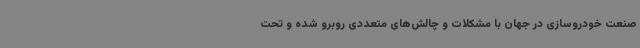
صنعت خودروسازی در جهان با مشکلات و چالش‌های متعددی روبرو شده و تحت